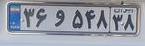
۳۶و۵۴۸۳۸